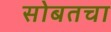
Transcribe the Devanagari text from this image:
सोबतचा